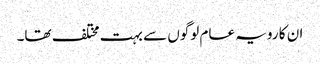
ان کا رویہ عام لوگوں سے بہت مختلف تھا۔